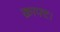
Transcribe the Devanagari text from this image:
क्राफ्ट।